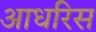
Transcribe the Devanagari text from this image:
आधरिस